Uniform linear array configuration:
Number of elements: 4
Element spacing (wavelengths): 0.5
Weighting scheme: hann
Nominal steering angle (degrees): -45
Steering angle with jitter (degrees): -44.933
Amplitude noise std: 0.05
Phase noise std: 0.05

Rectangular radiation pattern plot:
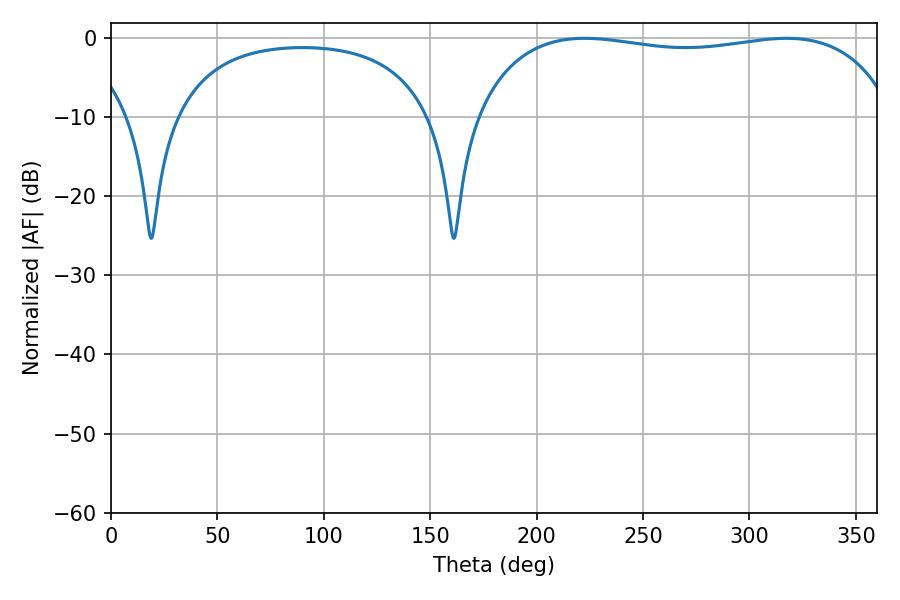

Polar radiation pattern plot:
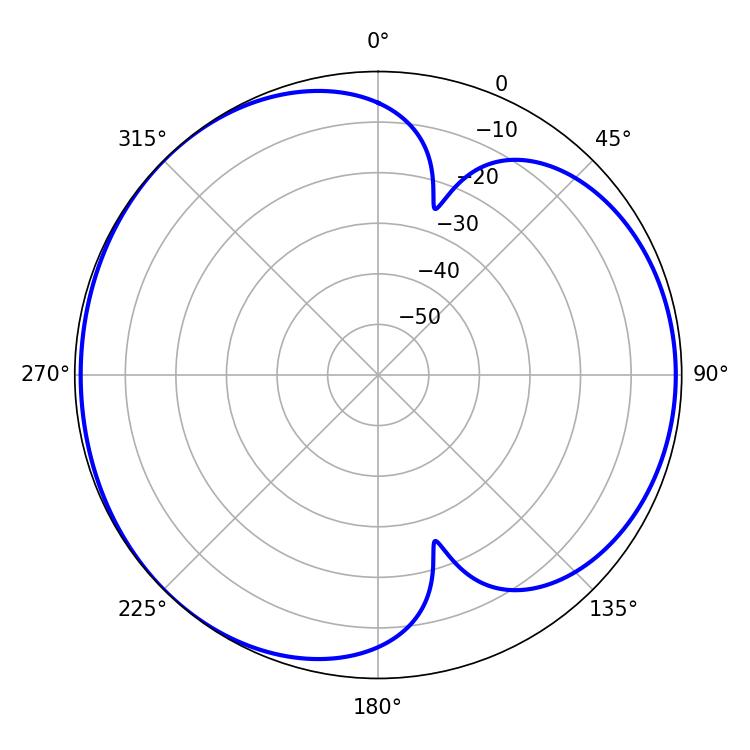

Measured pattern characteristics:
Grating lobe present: FALSE
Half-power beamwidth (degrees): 159.48
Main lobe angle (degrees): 222.48